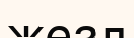
жезл